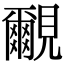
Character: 覼